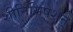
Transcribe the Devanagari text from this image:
शीनिसिषेशन्